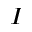
_ { I }